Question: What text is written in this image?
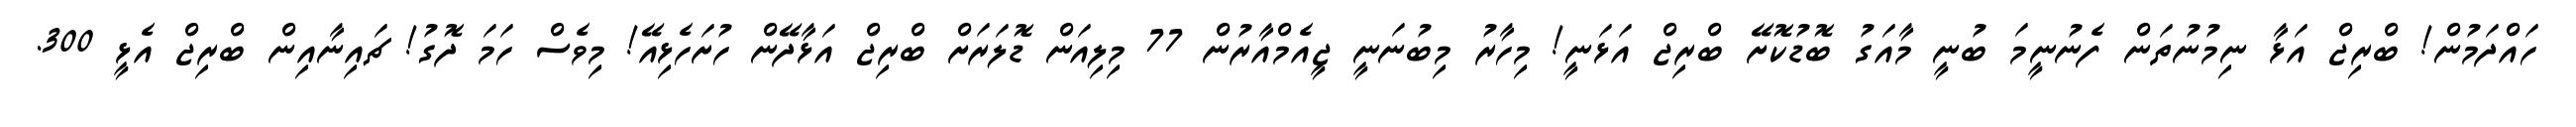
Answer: ހައްދަމުން! ބްރިޖް އަޅާ ނިމުނުތަން ފެނުނީމަ ބުނީ މާއަގު ބޮޑުކޮށޭ ބްރިޖް އަޅަނީ! މިހާރު މިބުނަނީ ޖީއެމްއާރުން 77 މިލިއަން ޑޮލަރަށް ބްރިޖް އަޅާދޭން ހުށަހެޅިއޭ! މިވެސް ހަމަ ދޮގު! ޗައިނާއިން ބްރިޖް އެޅީ 300.